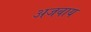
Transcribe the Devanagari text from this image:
अजवाय